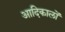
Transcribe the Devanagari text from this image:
आदिकालों